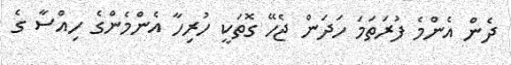
ދެން އެންމެ ފުރަތަމަ ހަދަން ޖެހޭ ގޮތަކީ ހުރިހާ އެންމެންގެ ހިއްސާ ގެ